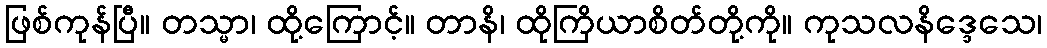
ဖြစ်ကုန်ပြီ။ တသ္မာ၊ ထို့ကြောင့်။ တာနိ၊ ထိုကြိယာစိတ်တို့ကို။ ကုသလနိဒ္ဒေသေ၊